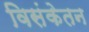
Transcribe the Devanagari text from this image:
विसंकेतन